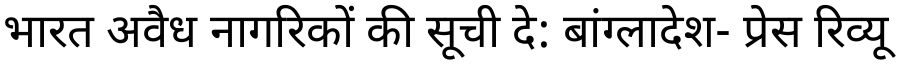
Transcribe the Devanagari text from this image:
भारत अवैध नागरिकों की सूची दे: बांग्लादेश- प्रेस रिव्यू